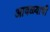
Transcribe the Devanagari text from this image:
आवळ्याची